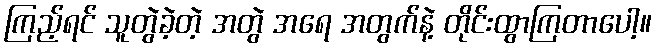
ကြည့်ရင် သူတွဲခဲ့တဲ့ အတွဲ အရေ အတွက်နဲ့ တိုင်းထွာကြတာပေါ့။